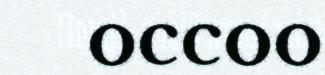
occoo